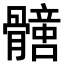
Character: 𩪟